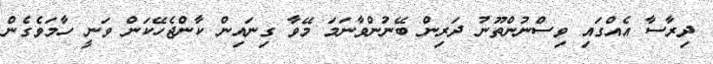
ދިރާސާ އެއްގައި ވިސްނުންތޫނު ދަރިން ބޭނުންވާނަމަ މޭވާ ގިނައިން ކާންޖެހޭކަން ވަނީ ހާމަވެގެން